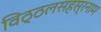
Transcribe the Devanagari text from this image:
विठ्ठलसहस्रनाम